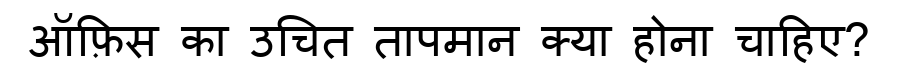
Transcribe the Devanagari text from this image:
ऑफ़िस का उचित तापमान क्या होना चाहिए?